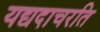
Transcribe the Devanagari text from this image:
यद्यदाचरति